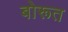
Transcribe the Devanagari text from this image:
बोरूत